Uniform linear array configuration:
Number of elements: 12
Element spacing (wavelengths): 1
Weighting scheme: cosine
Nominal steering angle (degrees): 60
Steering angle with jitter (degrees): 60.271
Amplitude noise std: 0.05
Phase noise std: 0.05

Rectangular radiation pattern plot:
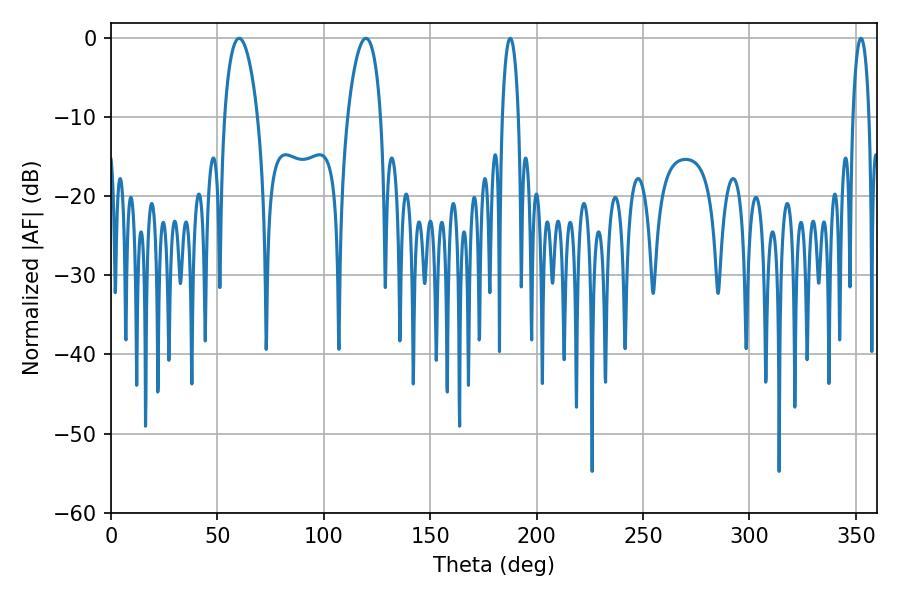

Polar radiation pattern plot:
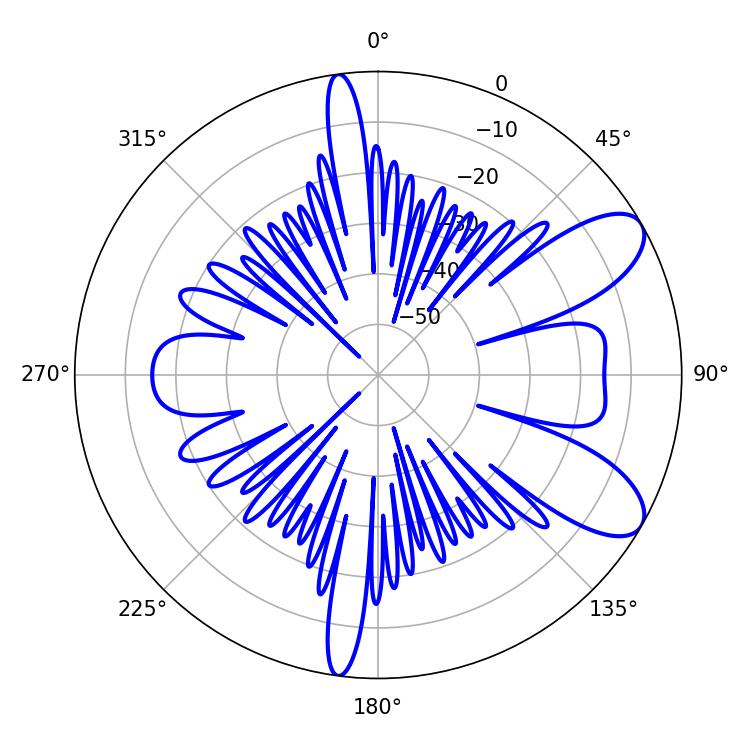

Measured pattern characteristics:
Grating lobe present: TRUE
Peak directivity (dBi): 8.794
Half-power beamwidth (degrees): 4.32
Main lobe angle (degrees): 352.44